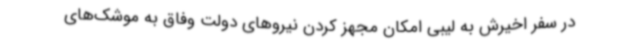
در سفر اخیرش به لیبی امکان مجهز کردن نیروهای دولت وفاق به موشک‌های